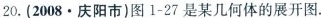
20.（2008·庆阳市）图1-27是某几何题的展开图